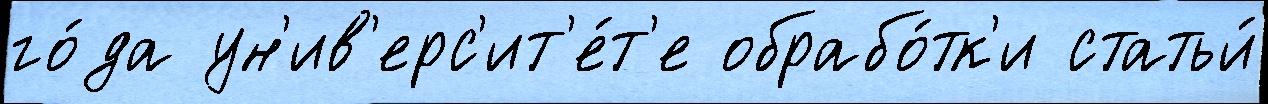
го́да ун'ив'ерс'ит'е́т'е обрабо́тк'и статьи́